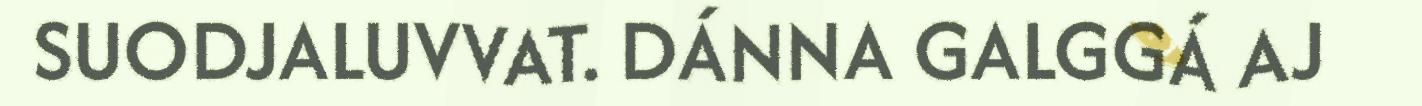
SUODJALUVVAT. DÁNNA GALGGÁ AJ